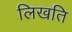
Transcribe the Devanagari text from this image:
लिखति